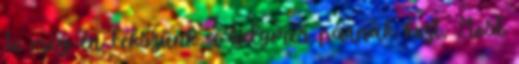
Te meg én Fekszünk a selymes párnák közt, Most